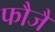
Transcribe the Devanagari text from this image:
फौजैं